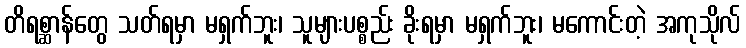
တိရစ္ဆာန်တွေ သတ်ရမှာ မရှက်ဘူး၊ သူများပစ္စည်း ခိုးရမှာ မရှက်ဘူး၊ မကောင်းတဲ့ အကုသိုလ်